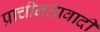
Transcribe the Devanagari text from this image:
प्राचीनतावादी